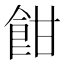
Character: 𩚵